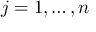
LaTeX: j = 1 , \ldots , n